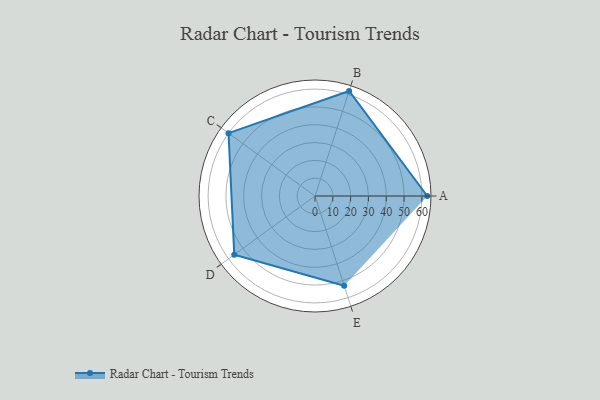
{"axis": {"x": "Skill", "y": "Score"}, "legend": ["Profile"], "data": [{"x": "A", "y": 63.0, "type": "Profile"}, {"x": "B", "y": 62.0, "type": "Profile"}, {"x": "C", "y": 60.0, "type": "Profile"}, {"x": "D", "y": 56.0, "type": "Profile"}, {"x": "E", "y": 53.0, "type": "Profile"}]}